Bombay plague: being a history of the progress of plague in the Bombay presidency from September 1896 to June 1899
Year: 1896
Disease focus: Plague
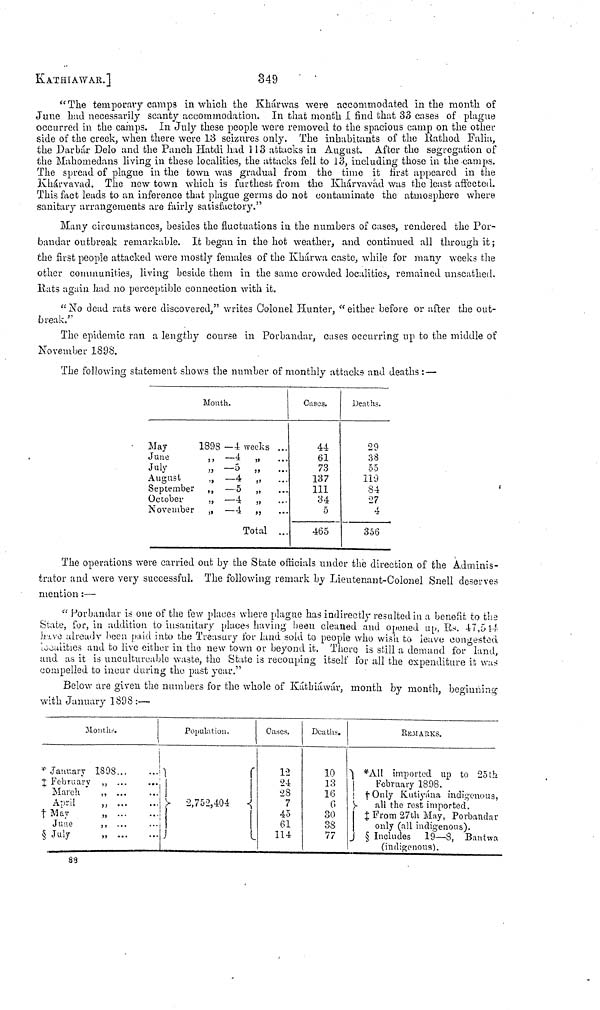
KATHIAWAr.]
349
" The temporary camps in which the Khárwas were accommodated in the month of
June had necessarily scanty accommodation. In that month 1 find that 33 cases of plague
occurred in the camps. In July these people were removed to the spacious camp on the other
side of the creek, when there were 13 seizures only. The inhabitants of the Rathod Falia,
the Darbár Delo and the Panch Hatdi had 113 attacks in August. After the segregation of
the Mahomedans living in these localities, the attacks fell to 13, including those in the camps.
The spread of plague in the town was gradual from the time it first appeared in the
Khárvavad. The new town which is furthest from the Khárvavad was the least affected.
This fact leads to an inference that plague germs do not contaminate the atmosphere where
sanitary arrangements are fairly satisfactory."
Many circumstances, besides the fluctuations in the numbers of cases, rendered the Por-
bandar outbreak remarkable. It began in the hot weather, and continued all through it ;
the first people attacked were mostly females of the Khárwa caste, while for many weeks the
other communities, living beside them in the same crowded localities, remained unscathed.
Rats again had no perceptible connection with it.
" No dead rats were discovered," writes Colonel Hunter, " either before or after the out-
break.''
The epidemic ran a lengthy course in Porbandar, cases occurring up to the middle of
November 1898.
The following statement shows the number of monthly attacks and deaths :—
Month.
May
1898 — 4 weeks ...
June
,, —4 „
July
„ — 5 ,
August
„ —4
,
September ,, — 5
,
October
„ —4
,
November „ —4
,
Total ...
Cases.
44
61
73
137
111
34
5
465
Deaths.
29
38
55
110
84
27
4
356
The operations were carried out by the State officials under the direction of the Adminis-
trator and were very successful. The following remark by Lieutenant-Colonel Snell deserves
mention :—
" Porbandar is one of the few places where plague has indirectly resulted in a benefit to the
State, for, in addition to insanitary places having been cleaned and opened up, Rs. 47,514
have already been paid into the Treasury for land sold to people who wish to leave congested
localities and to live either in the new town or beyond it. There is still a demand for land,
and as it is uncultureable waste, the State is recouping itself for all the expenditure it was
compelled to incur during the past year."
Below are given the numbers for the whole of Káthiáwár, month by month, beginning
with January 1898 :—
Months.
* January 1898
‡ February ,,
March
,
April
,
† May
,
June
,
§ July
,,
Population.
2,752,404
Cases.
12
24
28
7
45
61
114
Deaths.
10
13
16
6
30
38
77
REMArKS.
*All
imported up to 25th
February 1898,
† Only Kutiyána indigenous,
all the rest imported.
‡ From 27th May, Porbandar
only (all indigenous).
§ Includes 19—8, Bantwa
(indigenous).
83